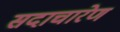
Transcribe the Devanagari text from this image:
सदाचारेण